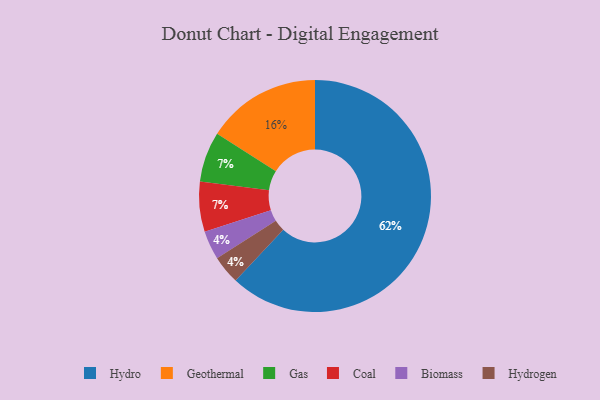
{"axis": {"x": "Category", "y": "Percentage"}, "legend": ["Biomass", "Coal", "Gas", "Geothermal", "Hydro", "Hydrogen"], "data": [{"x": "Biomass", "y": 4, "type": "Biomass"}, {"x": "Hydro", "y": 62, "type": "Hydro"}, {"x": "Geothermal", "y": 16, "type": "Geothermal"}, {"x": "Gas", "y": 7, "type": "Gas"}, {"x": "Hydrogen", "y": 4, "type": "Hydrogen"}, {"x": "Coal", "y": 7, "type": "Coal"}]}